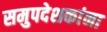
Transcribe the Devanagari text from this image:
समुपदेशकांना